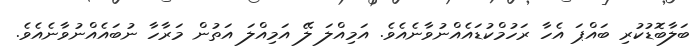
ބަލާބޮޑުކުރި ބައްޕަ އެހާ ރަހުމްކުޑައެއްނުވާނެއެވެ. އަމިއްލަ ލޭ އަމިއްލަ އަތުން މަރާހާ ނުބައެއްނުވާނެއެވެ.